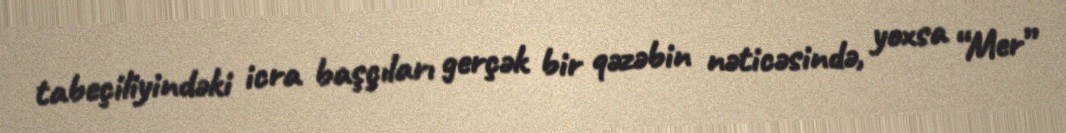
tabeçiliyindəki icra başçıları gerçək bir qəzəbin nəticəsində, yoxsa “Mer”